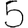
Digit: 5